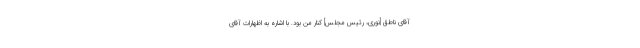
آقاى ناطق [نوری، رئیس‌ مجلس] كنار من بود. با اشاره به اظهارات آقاى